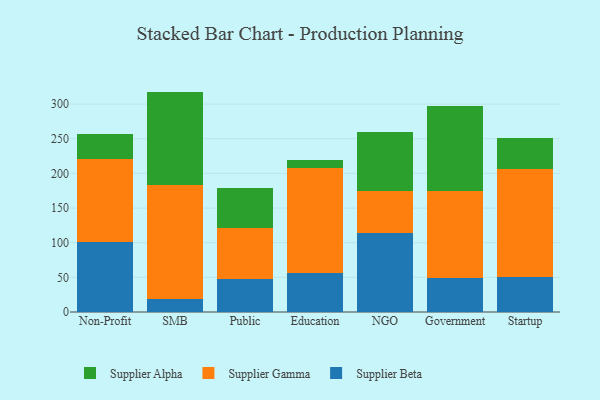
{"axis": {"x": "Segment", "y": "Headcount"}, "legend": ["Supplier Alpha", "Supplier Beta", "Supplier Gamma"], "data": [{"x": "Non-Profit", "y": 101.3, "type": "Supplier Beta"}, {"x": "Non-Profit", "y": 119.0, "type": "Supplier Gamma"}, {"x": "Non-Profit", "y": 36.7, "type": "Supplier Alpha"}, {"x": "SMB", "y": 19.4, "type": "Supplier Beta"}, {"x": "SMB", "y": 164.5, "type": "Supplier Gamma"}, {"x": "SMB", "y": 134.1, "type": "Supplier Alpha"}, {"x": "Public", "y": 46.9, "type": "Supplier Beta"}, {"x": "Public", "y": 73.8, "type": "Supplier Gamma"}, {"x": "Public", "y": 58.2, "type": "Supplier Alpha"}, {"x": "Education", "y": 55.9, "type": "Supplier Beta"}, {"x": "Education", "y": 151.8, "type": "Supplier Gamma"}, {"x": "Education", "y": 10.9, "type": "Supplier Alpha"}, {"x": "NGO", "y": 114.6, "type": "Supplier Beta"}, {"x": "NGO", "y": 60.4, "type": "Supplier Gamma"}, {"x": "NGO", "y": 84.3, "type": "Supplier Alpha"}, {"x": "Government", "y": 49.3, "type": "Supplier Beta"}, {"x": "Government", "y": 125.5, "type": "Supplier Gamma"}, {"x": "Government", "y": 122.2, "type": "Supplier Alpha"}, {"x": "Startup", "y": 50.8, "type": "Supplier Beta"}, {"x": "Startup", "y": 155.8, "type": "Supplier Gamma"}, {"x": "Startup", "y": 43.9, "type": "Supplier Alpha"}]}